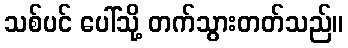
သစ်ပင် ပေါ်သို့ တက်သွားတတ်သည်။